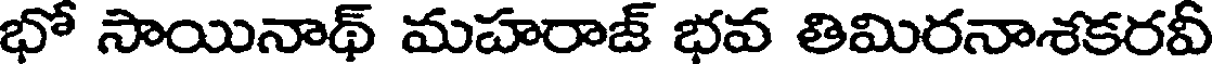
భో సాయినాథ్ మహరాజ్ భవ తిమిరనాశకరవీ